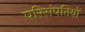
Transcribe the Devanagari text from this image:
परिसंपतियों